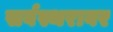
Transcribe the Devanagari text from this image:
सर्वस्थरावर